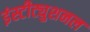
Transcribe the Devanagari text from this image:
इंस्टीट्युशनल